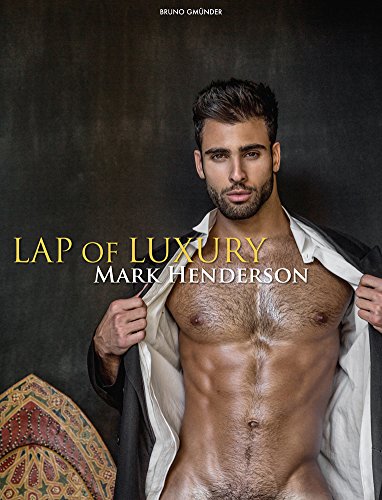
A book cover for Lap of Luxury; Mark Henderson; Arts & Photography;